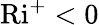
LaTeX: \textrm{Ri}^{+}<0